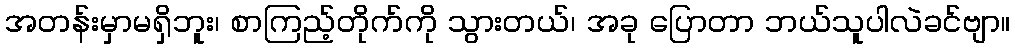
အတန်းမှာမရှိဘူး၊ စာကြည့်တိုက်ကို သွားတယ်၊ အခု ပြောတာ ဘယ်သူပါလဲခင်ဗျာ။